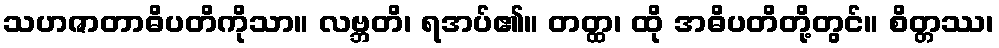
သဟဇာတာဓိပတိကိုသာ။ လဗ္ဘတိ၊ ရအပ်၏။ တတ္ထ၊ ထို အဓိပတိတို့တွင်။ စိတ္တဿ၊